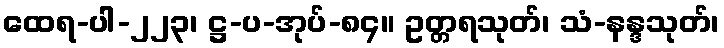
ထေရ-ပါ-၂၂၃၊ ဋ္ဌ-ပ-အုပ်-၈၄။ ဥတ္တရသုတ်၊ သံ-နန္ဒသုတ်၊